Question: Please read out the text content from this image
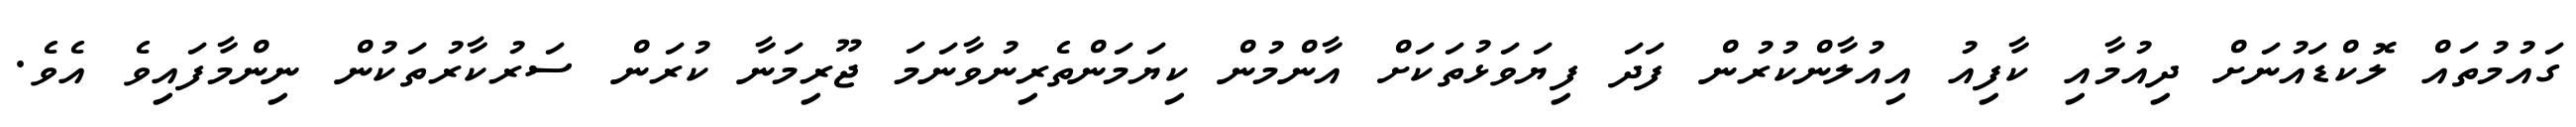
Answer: ގައުމުތައް ލޮކްޑައުނަށް ދިއުމާއި ކާފިއު އިއުލާންކުރުން ފަދަ ފިޔަވަޅުތަކަށް އާންމުން ކިޔަމަންތެރިނުވާނަމަ ޖޫރިމަނާ ކުރަން ސަރުކާރުތަކުން ނިންމާފައިވެ އެވެ.